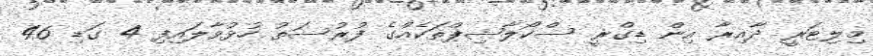
މިލިޓަރީ ދާއިރާ އިން ޑިގްރީ ސްކޯލާޝިޕްތަކެއްގެ ފުރުސަތު ހުޅުވާލައިފި 4 ގަޑި 46